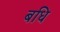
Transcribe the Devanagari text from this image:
बधि